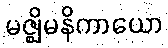
မဇ္ဈိမနိကာယော